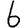
Digit: 6